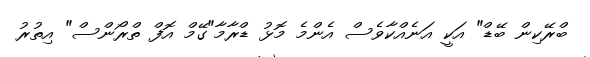
ބްރޭކިން ބޭޑް" އަކީ އަނެއްކާވެސް އެންމެ މޮޅު ޑްރާމާ"ގޭމް އޮފް ތްރޯންސް" އިތުރު